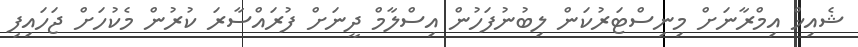
ޝެއިޚް އިމްރާނަށް މިނިސްޓަރުކަން ލިބުނުފަހުން އިސްލާމް ދީނަށް ފުރައްސާރަ ކުރުން މެކުހަށް ޖަހައިފި